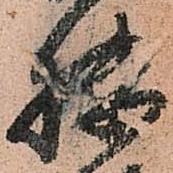
扶